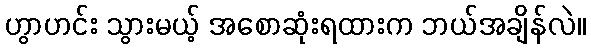
ဟွာဟင်း သွားမယ့် အစောဆုံးရထားက ဘယ်အချိန်လဲ။